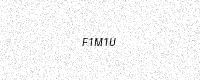
Text: F1M1U